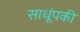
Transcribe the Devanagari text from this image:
साधूंपकी